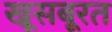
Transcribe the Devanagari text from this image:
खूसबूरत